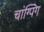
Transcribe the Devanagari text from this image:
चांग्पिंग